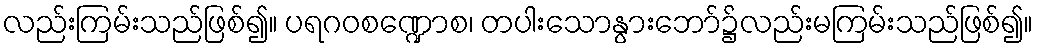
လည်းကြမ်းသည်ဖြစ်၍။ ပရဂဝစဏ္ဍောစ၊ တပါးသောနွားဘော်၌လည်းမကြမ်းသည်ဖြစ်၍။